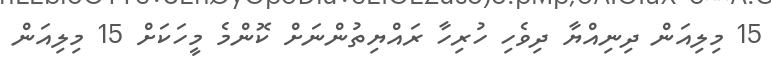
15 މިލިއަން ދިނިއްޔާ ދިވެހި ހުރިހާ ރައްޔިތުންނަށް ކޮންމެ މީހަކަށް 15 މިލިއަން